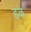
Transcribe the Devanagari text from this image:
हळ